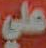
علي